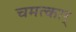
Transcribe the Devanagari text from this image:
चमत्कार्